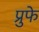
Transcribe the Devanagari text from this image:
प्रुफे